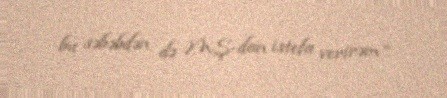
bu səbəbdən də MŞ-dan istefa verirəm”.